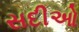
સદીઓ